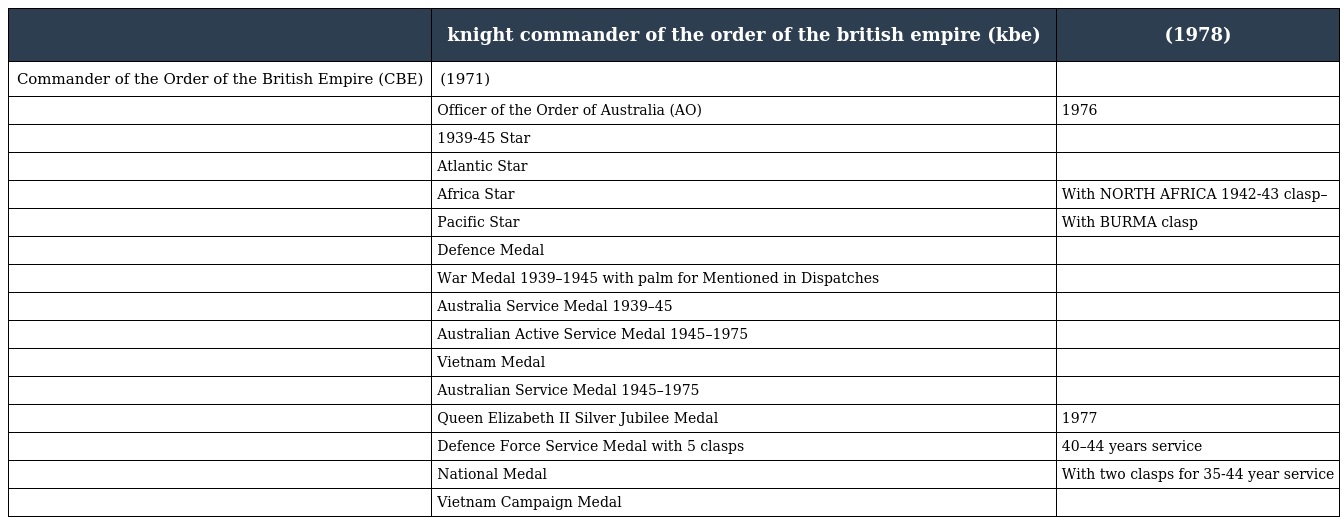
|  | knight commander of the order of the british empire (kbe) | (1978) |
 | --- | --- | --- |
 | Commander of the Order of the British Empire (CBE) | (1971) |  |
 |  | Officer of the Order of Australia (AO) | 1976 |
 |  | 1939-45 Star |  |
 |  | Atlantic Star |  |
 |  | Africa Star | With NORTH AFRICA 1942-43 clasp– |
 |  | Pacific Star | With BURMA clasp |
 |  | Defence Medal |  |
 |  | War Medal 1939–1945 with palm for Mentioned in Dispatches |  |
 |  | Australia Service Medal 1939–45 |  |
 |  | Australian Active Service Medal 1945–1975 |  |
 |  | Vietnam Medal |  |
 |  | Australian Service Medal 1945–1975 |  |
 |  | Queen Elizabeth II Silver Jubilee Medal | 1977 |
 |  | Defence Force Service Medal with 5 clasps | 40–44 years service |
 |  | National Medal | With two clasps for 35-44 year service |
 |  | Vietnam Campaign Medal |  |